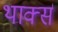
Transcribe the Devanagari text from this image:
थार्क्स